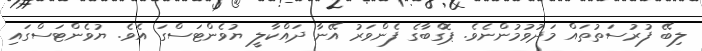
ލިބޭ ފުރުސަތުތައް މަދުވުމުންނެވެ. ޕޮގްބާގެ ފެންވަރު އޭނާ ދައްކާލީ ޔުވެންޓަސްގަ އެވެ. ޔުވެންޓަސްގައި